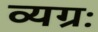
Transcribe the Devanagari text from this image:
व्यग्रः